Annual report of the Punjab Veterinary College and of the Civil Veterinary Department, Punjab - 1926-1932
Year: 1926
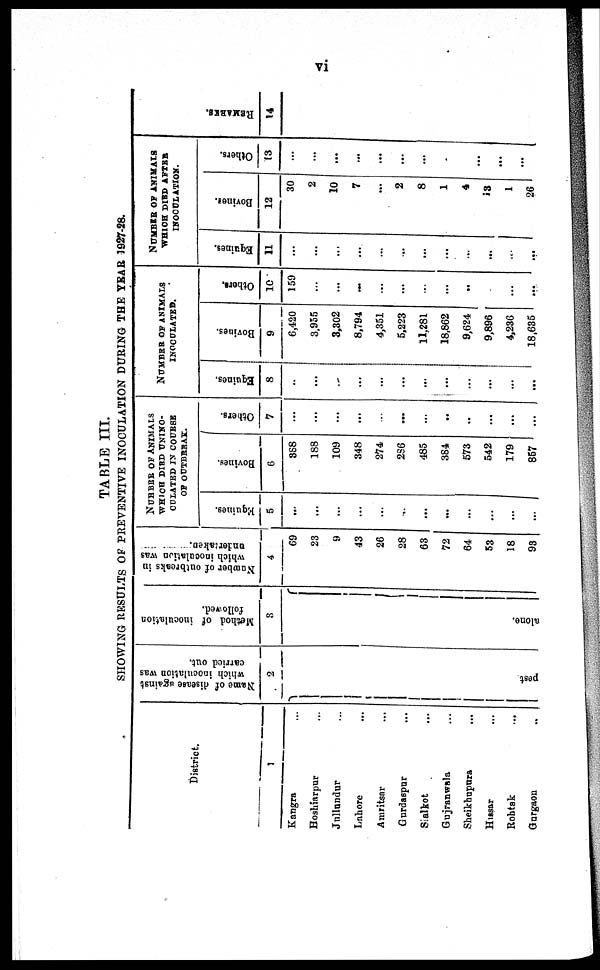
vi
TABLE III.
SHOWING RESULTS OF PREVENTIVE INOCULATION DURING THE YEAR 1927-28.
District.
1
Kangra ...
Hoshiarpur ...
Jullundur ...
Lahore ...
Amritsar ...
Gurdaspur ...
Sialkot ...
Gujranwala ...
Sheikhupura ...
Hissar ...
Rohtak ...
Gurgaon ...
Name of disease against
which inoculation was
carried out.
2
pest
Method of inoculation
followed.
3
alone.
Number of outbreaks in
which inoculation was
undertaken.
4
69
23
9
43
26
28
63
72
64
53
18
93
NUMBER OF ANIMALS
WHICH DIED UNINO¬
CULATED IN COURSE
OF OUTBREAK.
Equines.
5
...
...
...
...
...
...
...
...
...
...
...
...
Bovines.
6
388
188
109
348
274
286
485
384
573
542
179
857
Others.
7
...
...
...
...
...
...
...
...
...
...
...
...
NUMBER OF ANIMALS
INOCULATED.
Equines.
8
...
...
...
...
...
...
...
...
...
...
...
...
Bovines.
9
6,420
3,955
3,302
8,794
4,351
5,223
11,281
18,862
9,624
9,896
4,236
18,635
Others.
10
159
...
...
...
...
...
...
...
...
...
...
...
NUMBER OF ANIMALS
WHICH DIRD AFTER
INOCULATION.
Equines.
11
...
...
...
....
...
...
...
...
...
...
...
...
Bovines.
12
30
2
10
7
...
2
8
1
4
13
1
26
Others.
13
...
...
...
...
...
...
...
...
...
...
...
...
REMARKS.
14